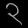
Digit: ၃